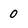
Character: 0